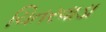
ચિતરવાડા